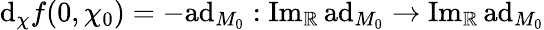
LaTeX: \mathrm{d}_{\chi}f(0,\chi_{0})=-\mathrm{ad}_{M_{0}}:\mathrm{Im}_{\mathbb{R}}\, \mathrm{ad}_{M_{0}}\to\mathrm{Im}_{\mathbb{R}}\, \mathrm{ad}_{M_{0}}